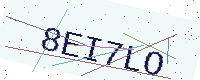
Text: 8EI7LO